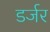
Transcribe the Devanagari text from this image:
डर्जर